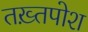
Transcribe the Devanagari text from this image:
तख़्तपोश